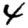
Digit: 4